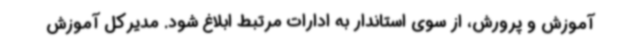
آموزش و پرورش، از سوی استاندار به ادارات مرتبط ابلاغ شود. مدیرکل آموزش